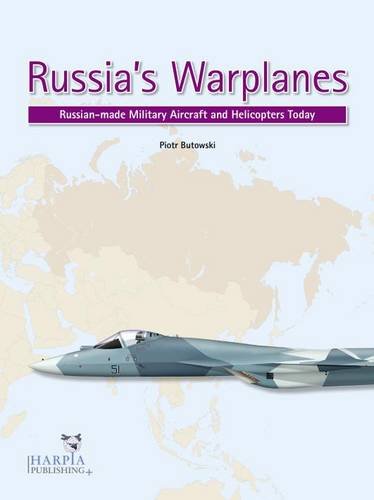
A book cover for Russia's Warplanes: Russia-made Military Aircraft and Helicopters Today: Volume 1; Piotr Butowski; Engineering & Transportation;